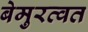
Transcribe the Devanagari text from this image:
बेमुरव्वत